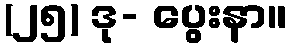
(၂၅) ဒု- ပွေးနာ။